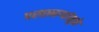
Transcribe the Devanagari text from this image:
परवानग्यांमुळे